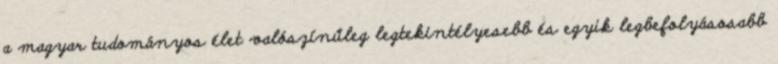
a magyar tudományos élet valószínűleg legtekintélyesebb és egyik legbefolyásosabb